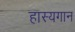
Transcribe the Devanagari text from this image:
हास्यगान